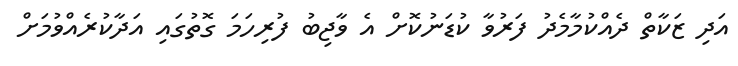
އަދި ޒަކާތް ދެއްކުމާމެދު ފަރުވާ ކުޑަނުކޮށް އެ ވާޖިބު ފުރިހަމަ ގޮތުގައި އަދާކުރެއްވުމަށް